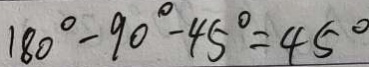
1 8 0 ^ { \circ } - 9 0 ^ { \circ } - 4 5 ^ { \circ } = 4 5 ^ { \circ }